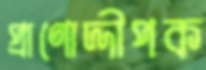
প্রাণোদ্দীপক